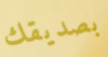
بصديقك